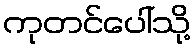
ကုတင်ပေါ်သို့